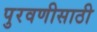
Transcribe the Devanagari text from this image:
पुरवणीसाठी